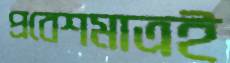
প্রবেশমাত্রই